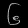
Digit: ၆